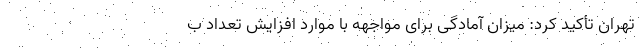
تهران تأکید کرد: میزان آمادگی برای مواجهه با موارد افزایش تعداد ب